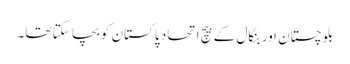
بلوچستان اور بنگال کے بیچ اتحاد پاکستان کو بچا سکتا تھا۔